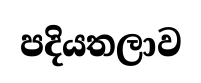
පදියතලාව